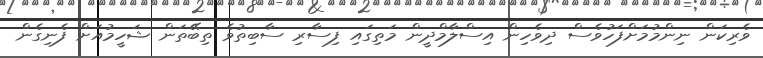
ވެރިކަން ނިންމުމަށްފަހުވެސް ދިވެހިން އިސްލާމްދީން މަތިގައި ފިސާރި ސާބިތުވެ ތިބޭތަން ޝަހީމުއަށް ފެނިގެން